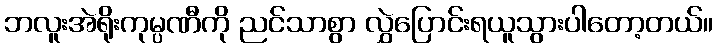
ဘလူးအဲရိုးကုမ္ပဏီကို ညင်သာစွာ လွှဲပြောင်းရယူသွားပါတော့တယ်။